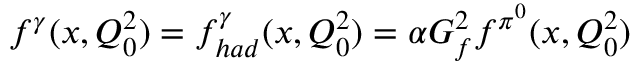
f ^ { \gamma } ( x , Q _ { 0 } ^ { 2 } ) = f _ { h a d } ^ { \gamma } ( x , Q _ { 0 } ^ { 2 } ) = \alpha G _ { f } ^ { 2 } f ^ { \pi ^ { 0 } } ( x , Q _ { 0 } ^ { 2 } )